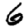
Digit: 6